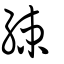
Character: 綀